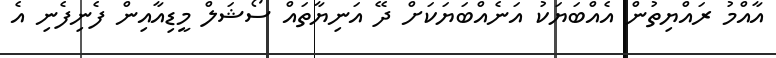
އާއްމު ރައްޔިތުން އެއްބަޔަކު އަނެއްބަޔަކަށް ދޭ އަނިޔާތައް ސޯޝަލް މީޑިއާއިން ފެނިފެނި އެ